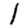
Digit: 1